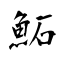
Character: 鮖